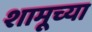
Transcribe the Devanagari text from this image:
शामूच्या